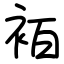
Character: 袹